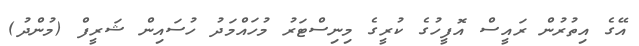
އޭގެ އިތުރުން ރައީސް އޮފީހުގެ ކުރީގެ މިނިސްޓަރު މުހައްމަދު ހުސައިން ޝަރީފް (މުންދު)